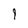
Character: 9